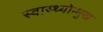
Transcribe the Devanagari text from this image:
स्वास्थ्योन्मुख